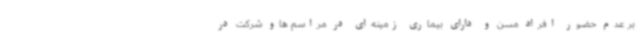
بر عدم حضور افراد مسن و دارای بیماری زمینه‌ای در مراسم هاو شرکت در